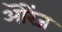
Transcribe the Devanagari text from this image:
ऒरेंज